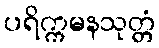
ပရိက္ကမနသုတ္တံ